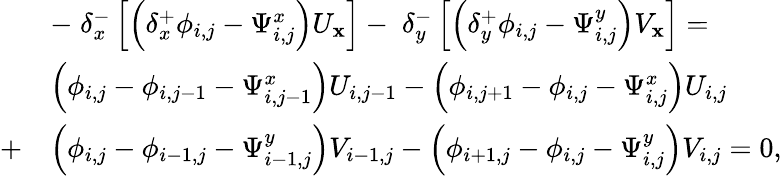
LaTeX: \begin{array}{rl}&{-\; \delta_{x}^{-}\left[\left(\delta_{x}^{+}\phi_{i,j}-\Psi_{i,j}^{x}\right)U_{\mathbf{x}}\right]-\; \delta_{y}^{-}\left[\left(\delta_{y}^{+}\phi_{i,j}-\Psi_{i,j}^{y}\right)V_{\mathbf{x}}\right]=}\\ &{\left(\phi_{i,j}-\phi_{i,j-1}-\Psi_{i,j-1}^{x}\right)U_{i,j-1}-\left(\phi_{i,j+1}-\phi_{i,j}-\Psi_{i,j}^{x}\right)U_{i,j}}\\ {+}&{\left(\phi_{i,j}-\phi_{i-1,j}-\Psi_{i-1,j}^{y}\right)V_{i-1,j}-\left(\phi_{i+1,j}-\phi_{i,j}-\Psi_{i,j}^{y}\right)V_{i,j}=0,}\end{array}